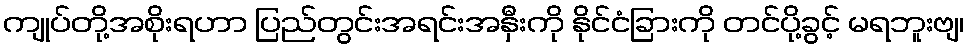
ကျုပ်တို့အစိုးရဟာ ပြည်တွင်းအရင်းအနှီးကို နိုင်ငံခြားကို တင်ပို့ခွင့် မရဘူးဗျ၊